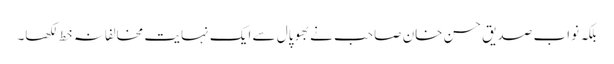
بلکہ نواب صدیق حسن خان صاحب نے بھوپال سے ایک نہایت مخالفانہ خط لکھا۔